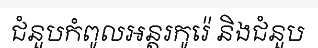
ជំនួបកំពូលអន្តរកូរ៉េ និងជំនួប